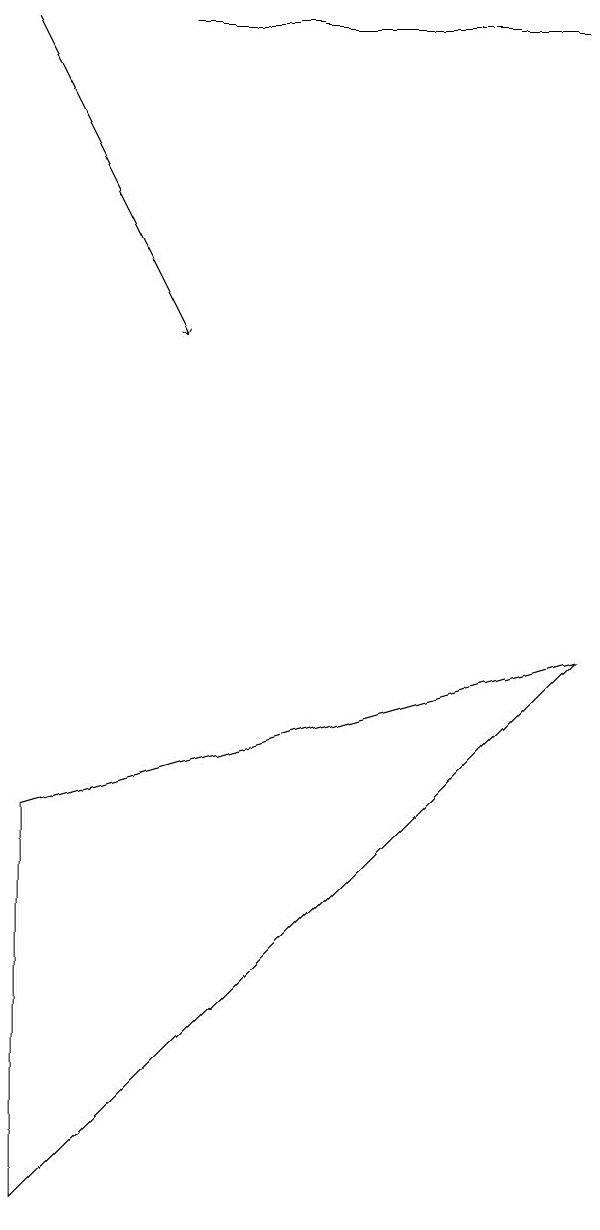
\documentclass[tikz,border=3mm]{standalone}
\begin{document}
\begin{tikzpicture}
\draw[->] (0,16) -- (2,12);
\draw (7,16) rectangle (2,16);
\draw (0,6) -- (7,8) -- (0,1) -- cycle;
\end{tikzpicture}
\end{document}